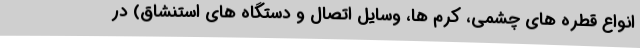
انواع قطره های چشمی، کرم ها، وسایل اتصال و دستگاه های استنشاق) در